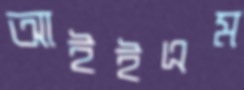
আইইএম